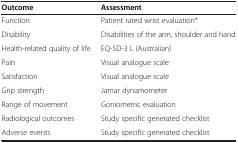
| Outcome | Assessment |
 | --- | --- |
 | Function | Patient rated wrist evaluation* |
 | Disability | Disabilities of the arm, shoulder and hand |
 | Health-related quality of life | EQ-5D-3 L (Australian) |
 | Pain | Visual analogue scale |
 | Satisfaction | Visual analogue scale |
 | Grip strength | Jamar dynamometer |
 | Range of movement | Goniometric evaluation |
 | Radiological outcomes | Study specific generated checklist |
 | Adverse events | Study specific generated checklist |